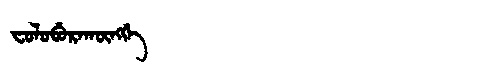
Manchu: ᠸᠣᠯᠣᠪᡠᡵᠠᡴᡡᠩᡤᡝ
Romanization: FOLOBURAKŪNGGE